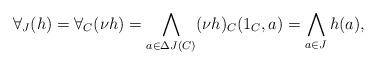
LaTeX: \begin{align*}\forall_J(h) = \forall_C(\nu h) = \bigwedge_{a \in \Delta J(C)} (\nu h)_C(1_C,a) = \bigwedge_{a \in J} h(a),\end{align*}